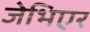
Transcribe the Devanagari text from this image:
जेभिएर